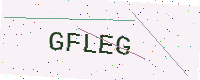
Text: GFLEG